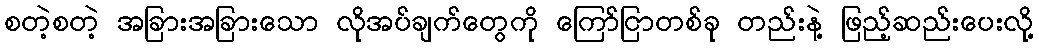
စတဲ့စတဲ့ အခြားအခြားသော လိုအပ်ချက်တွေကို ကြော်ငြာတစ်ခု တည်းနဲ့ ဖြည့်ဆည်းပေးလို့